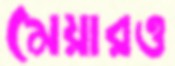
মেয়ারও